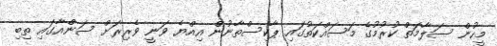
މީހުން ސަލާމަތް ކުރުމުގެ މަސައްކަތުގައި ޕާކިސްތާނުން އިއްޔެ ވަނީ ވެރިރަށް ސަންއާގައި ތިބި